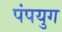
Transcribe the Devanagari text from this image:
पंपयुग